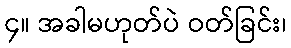
၄။ အခါမဟုတ်ပဲ ဝတ်ခြင်း၊